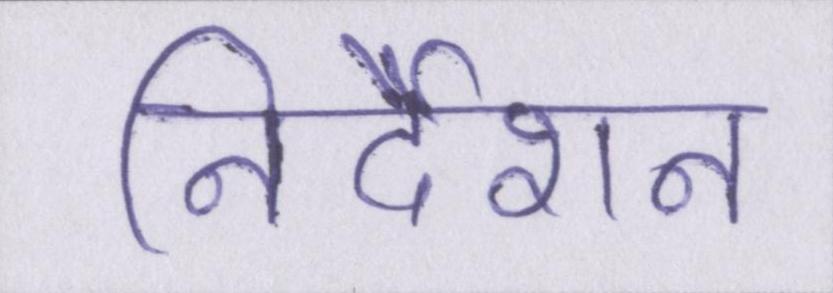
निर्देशन